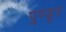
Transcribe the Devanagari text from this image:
पुण्डूर